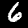
Digit: 6